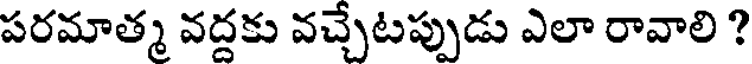
పరమాత్మ వద్దకు వచ్చేటప్పుడు ఎలా రావాలి ?